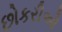
છોકરીઓ